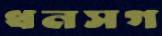
ধনসগ